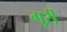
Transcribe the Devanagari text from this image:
गुर्री